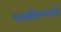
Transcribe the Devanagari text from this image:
पचविण्याचे